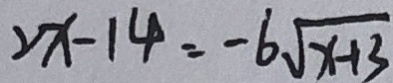
2 x - 1 4 = - 6 \sqrt { x - 1 3 }